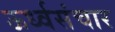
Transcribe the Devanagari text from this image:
ऊर्ध्वसंचार